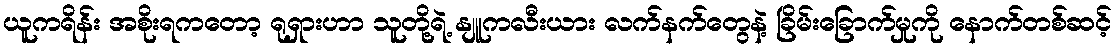
ယူကရိန်း အစိုးရကတော့ ရုရှားဟာ သူတို့ရဲ့ နျူကလီးယား လက်နက်တွေနဲ့ ခြိမ်းခြောက်မှုကို နောက်တစ်ဆင့်